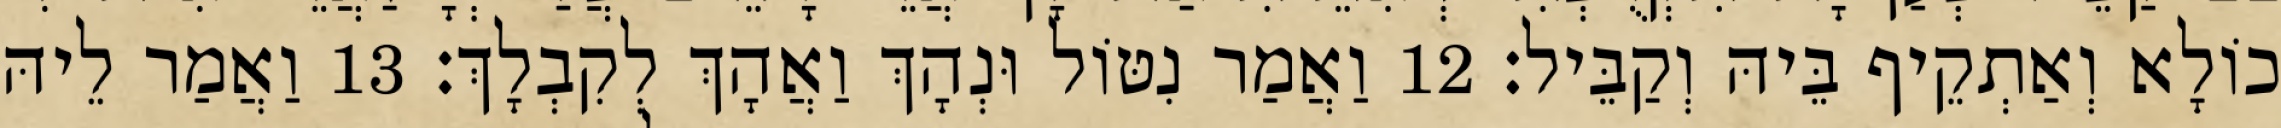
כוֹלָא וְאַתְקֵיף בֵּיהּ וְקַבֵּיל׃ 12 וַאֲמַר נִטּוֹל וּנְהָךְ וַאֲהָךְ לְקִבְלָךְ׃ 13 וַאֲמַר לֵיהּ